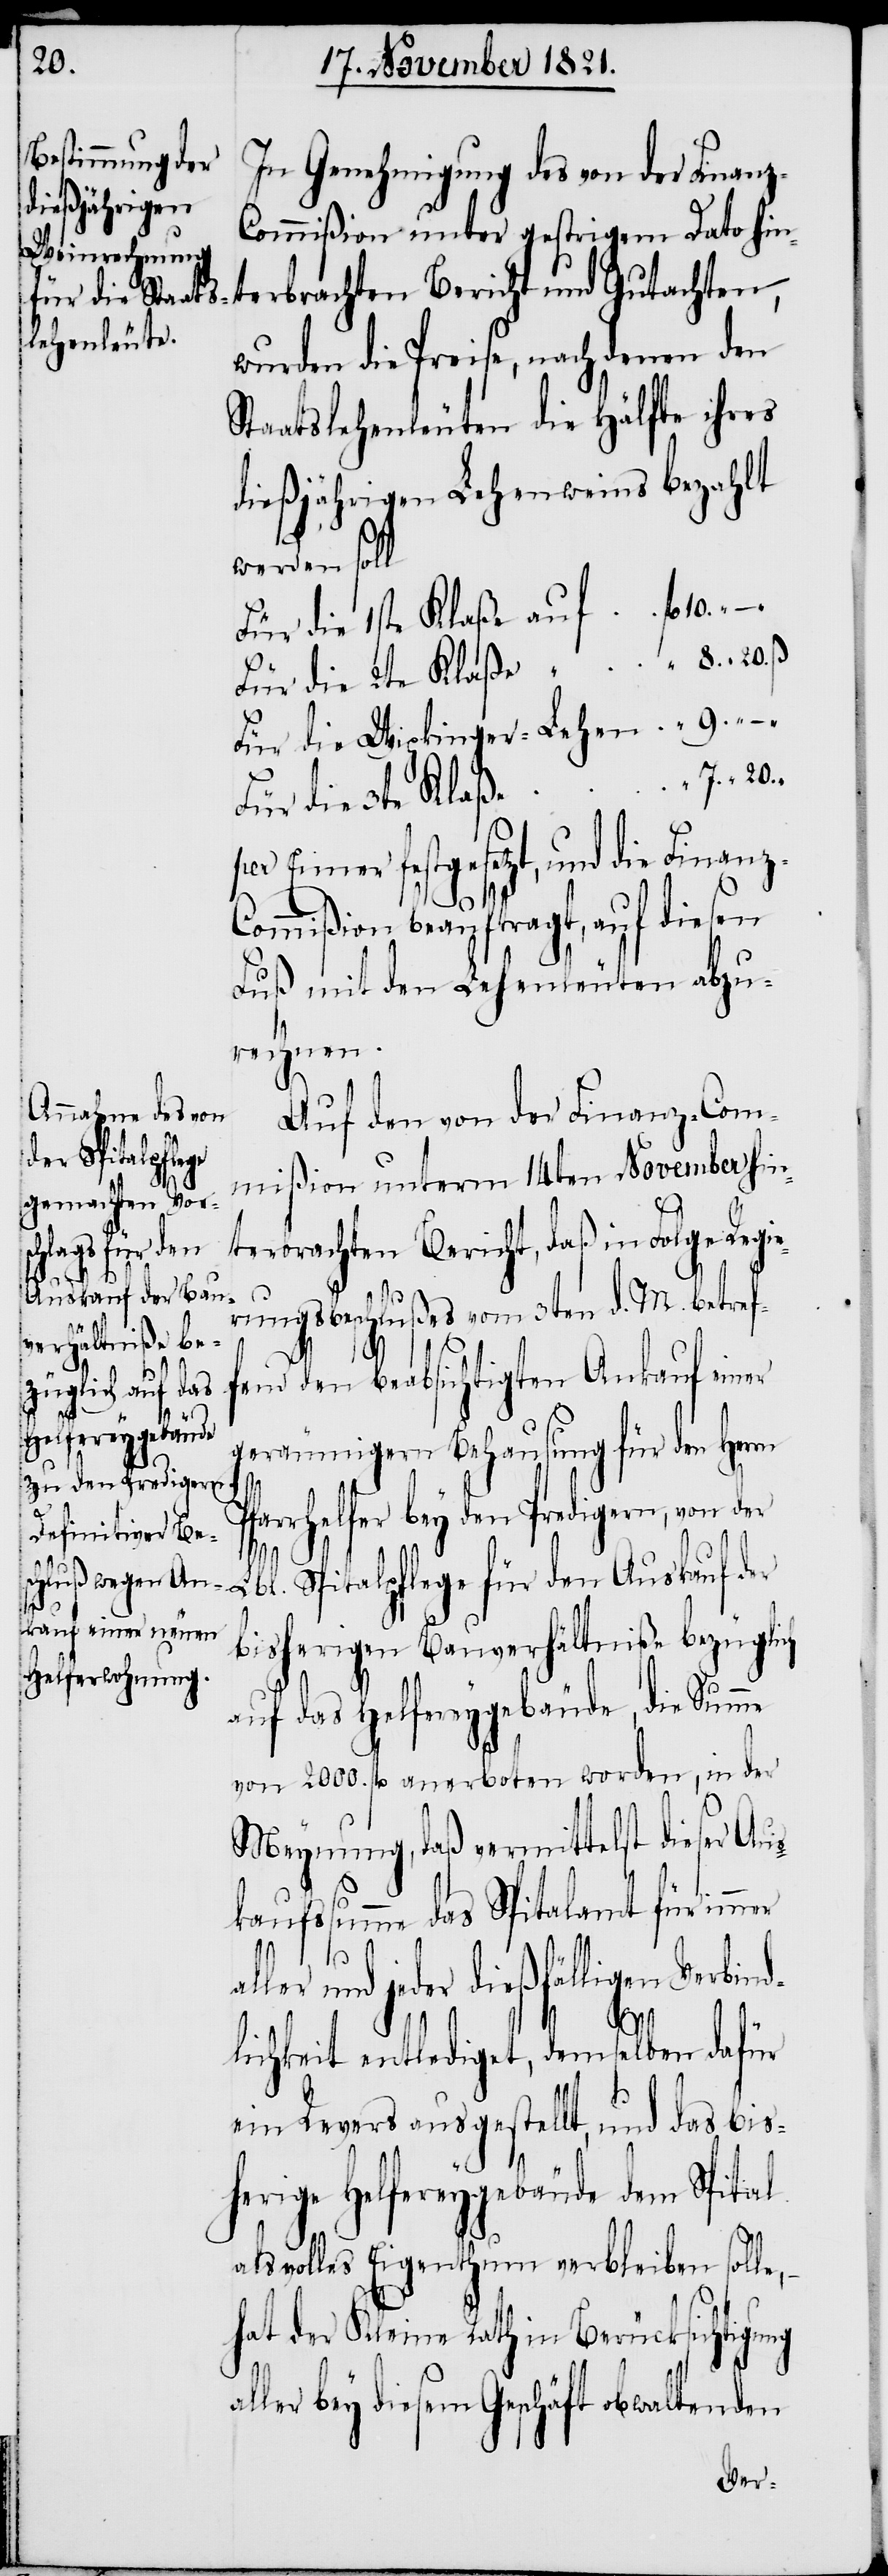
20.
In Genehmigung des von der Finan¬
ommißion unter gestrigem Dato hin¬
wurden die Preise, nach denen den
Staatslehenleuten die Hälfte ihres
dießjährigen Lehenweins bezahlt
werden soll
Für die 1ste Klaße auf
Für die Wipkinger-Lehen
k¬
Für die 3te Klaße
per Eimer festgesetzt, und die Finan¬
mer
ommißion beauftragt, auf diesen
Fuß mit den Lehenleuten abzu¬
rechnen.
Auf den von der Finanz-Com¬
mißion unterm 14ten November hin¬
terbrachten Bericht, daß in Folge Regie¬
rungsbeschlußes vom 3ten d. M. betref¬
fend den beabsichtigten Ankauf einer
geräumigern Behausung für den Herrn
farrhelfer bey den Predigern, von der
al¬
Lbl. Spitalpflege für den Auskauf der
“
bisherigen Bauverhältniße bezüglich
auf das Helfereygebäude, die Summe
von 2000. fl anerboten worden, in der
Meynung, daß vermittelst dieser Aus¬
aufssumme das Spitalamt für im¬
ler und jeder dießfälligen Verbind¬
7.
lichkeit entlediget, demselben dafür
ein Revers ausgestellt, und das bis¬
herige Helfereygebäude dem Spital
als volles Eigenthum verbleiben solle,
hat der Kleine Rath in Berücksichtigung
ler bey diesem Geschäft obwaltenden